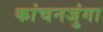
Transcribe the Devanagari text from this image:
कांचनजुंगा